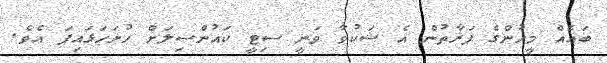
ބައެއް މީހުންގެ ފަރާތުން އެ ޝަކުވާ ވަނީ ސިޓީ ކައުންސިލަށް ހުށަހަޅައިފަ އެވެ.